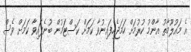
އެ މައުލޫމާތު އާންމު ކުރުމަށް ހަމަޖެހިފައިނުވާ ކަމަށް ކަސްޓަމުން ބުނެފައިވާ ކަމަށް ވެސް